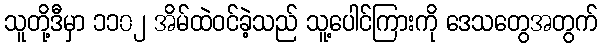
သူတို့ဒီမှာ ၁၁၀၂ အိမ်ထဲဝင်ခဲ့သည် သူ့ပေါင်ကြားကို ဒေသတွေအတွက်